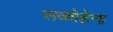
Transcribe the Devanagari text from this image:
सक्वेहेना